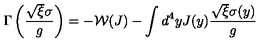
\Gamma \left( \frac { \sqrt { \xi } \sigma } { g } \right) = - \mathcal { W } ( J ) - \int d ^ { 4 } y J ( y ) \frac { \sqrt { \xi } \sigma ( y ) } { g }